Vaccination report Assam 1874-1896 - 1874-1896
Year: 1874
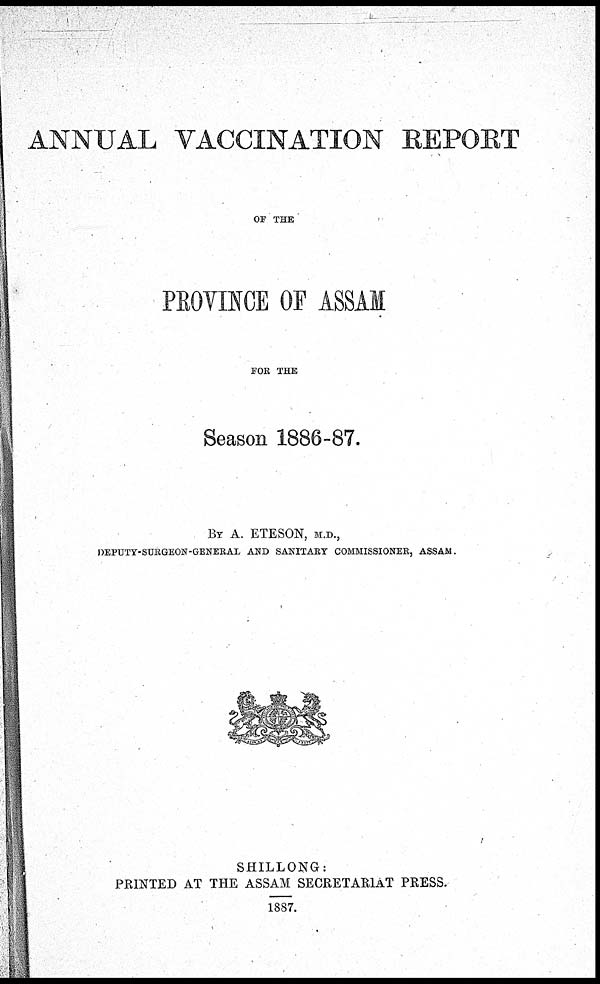
ANNUAL VACCINATION REPORT
OF THE
PROVINCE OF ASSAM
FOR THE
Season 1886-87.
BY A. ETESON, M.D.,
DEPUTY-SURGEON-GENERAL AND SANITARY COMMISSIONER, ASSAM.
SHILLONG:
PRINTED AT THE ASSAM SECRETARIAT PRESS.
1887.